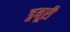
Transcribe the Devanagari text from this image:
ड्रयूरी